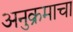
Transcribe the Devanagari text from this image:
अनुक्रमाचा